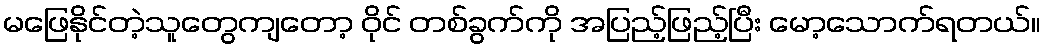
မဖြေနိုင်တဲ့သူတွေကျတော့ ဝိုင် တစ်ခွက်ကို အပြည့်ဖြည့်ပြီး မော့သောက်ရတယ်။